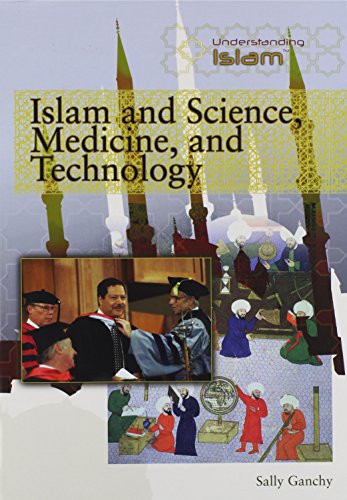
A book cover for Islam and Science, Medicine, and Technology (Understanding Islam); Sally Ganchy; Teen & Young Adult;